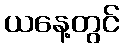
ယနေ့တွင်